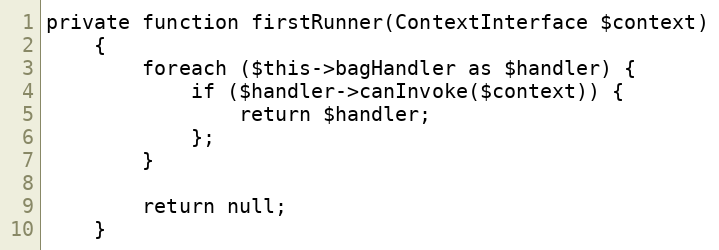
Language: PHP
private function firstRunner(ContextInterface $context)
    {
        foreach ($this->bagHandler as $handler) {
            if ($handler->canInvoke($context)) {
                return $handler;
            };
        }

        return null;
    }